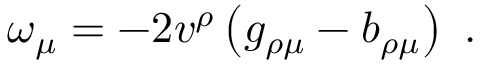
\omega _ { \mu } = - 2 v ^ { \rho } \left( g _ { \rho \mu } - b _ { \rho \mu } \right) \ .